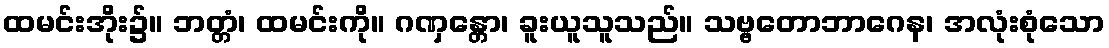
ထမင်းအိုး၌။ ဘတ္တံ၊ ထမင်းကို။ ဂဏှန္တော၊ ခူးယူသူသည်။ သဗ္ဗတောဘာဂေန၊ အလုံးစုံသော